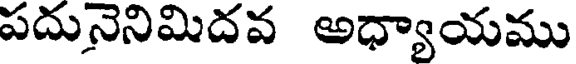
పదునెనిమిదవ అధ్యాయము